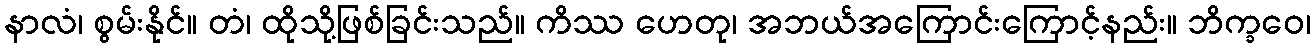
နာလံ၊ စွမ်းနိုင်။ တံ၊ ထိုသို့ဖြစ်ခြင်းသည်။ ကိဿ ဟေတု၊ အဘယ်အကြောင်းကြောင့်နည်း။ ဘိက္ခဝေ၊